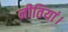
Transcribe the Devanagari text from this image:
नीतियां।